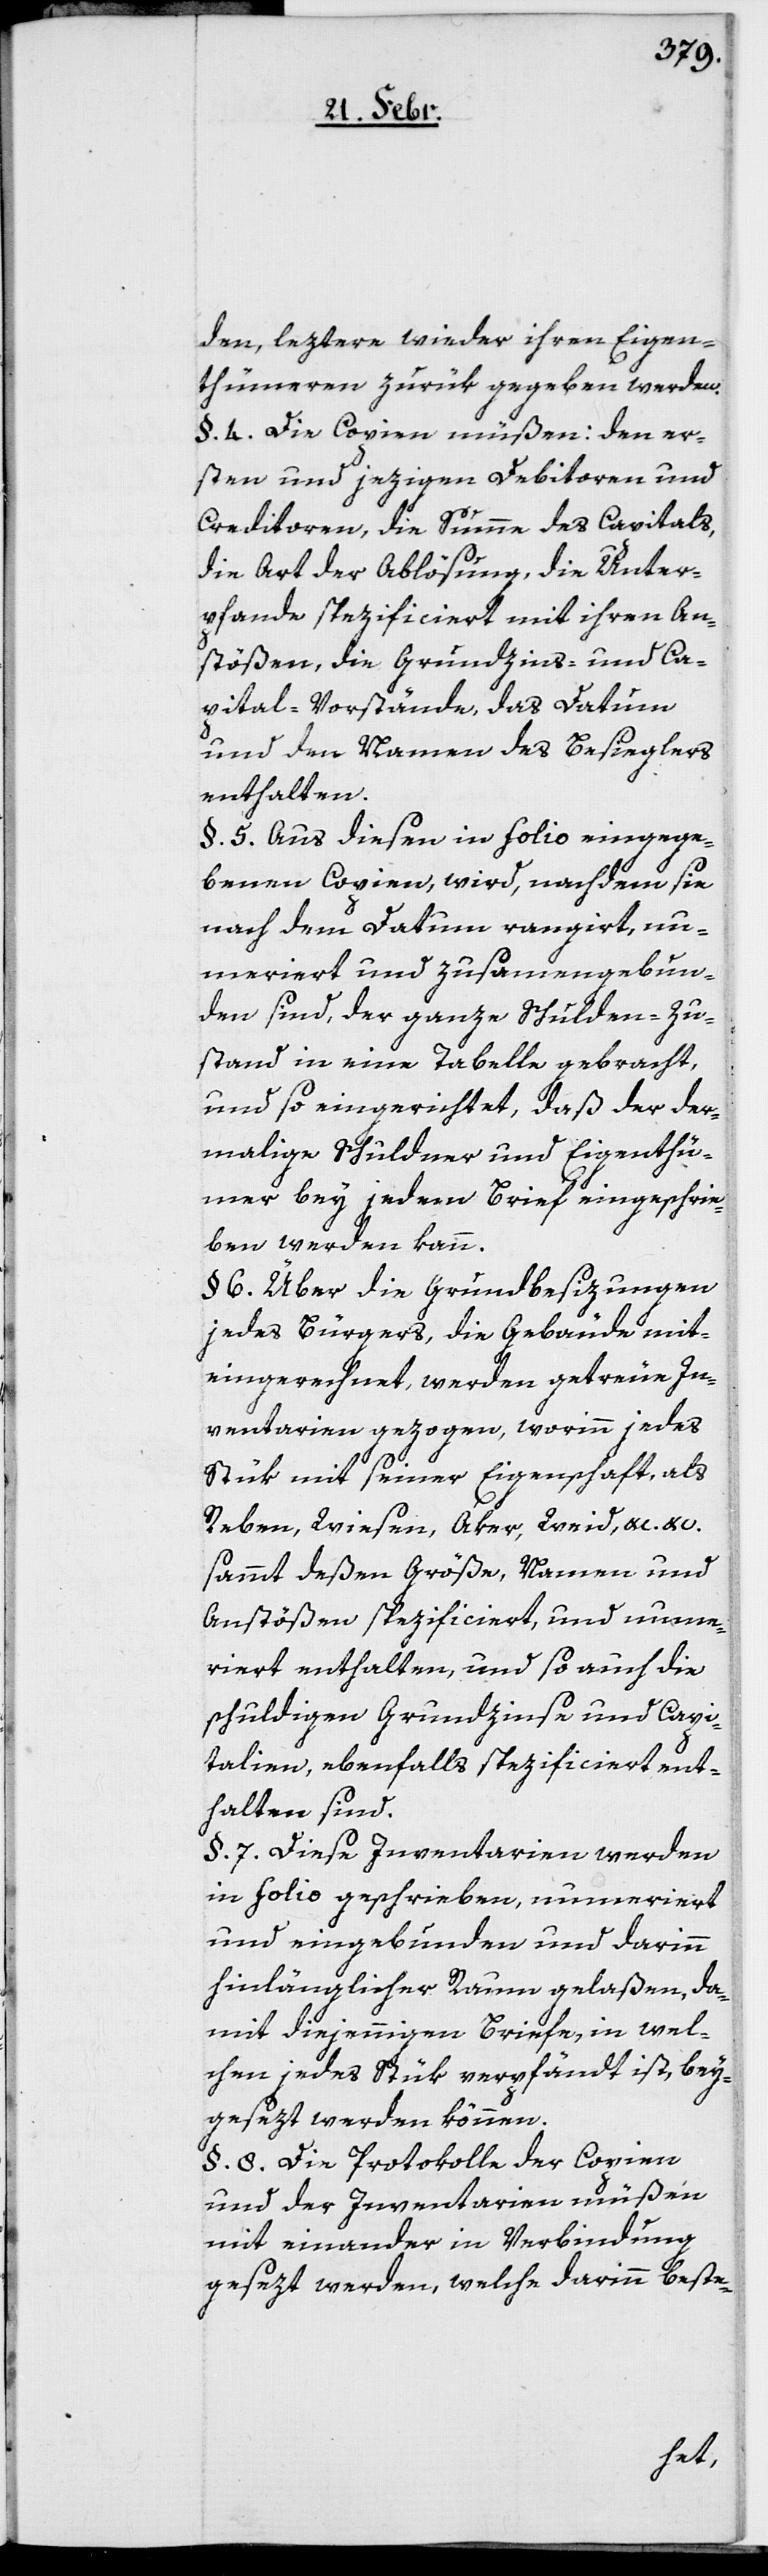
den, leztere wieder ihren Eigen¬
thümeren zurük gegeben werden.
§. 4. Die Copien müßen: den er¬
sten und jezigen Debitoren und
Creditoren, die Summe des Capitals,
die Art der Ablösung, die Unter¬
pfande spezificiert mit ihren An¬
stößen, die Grundzins- und Ca¬
pital-Vorstände, das Datum
und den Namen des Besieglers
enthalten.
§. 5. Aus diesen in Folio eingege¬
benen Copien, wird, nachdem sie
nach dem Datum rangiert, nu¬
meriert und zusamengebun¬
den sind, der ganze Schulden-Zu¬
stand in eine Tabelle gebracht,
und so eingerichtet, daß der der¬
malige Schuldner und Eigenthü¬
mer bey jedem Brief eingeschrie¬
ben werden kann.
§. 6. Über die Grundbesizungen
jedes Bürgers, die Gebäude mit¬
eingerechnet, werden getreue In¬
ventarien gezogen, worinn jedes
Stük mit seiner Eigenschaft, als
Reben, Wiesen, Aker, Weid &c. &c.
sammt deßen Größe, Namen und
Anstößen spezificiert, und numme¬
riert enthalten, und so auch die
schuldigen Grundzinse und Capi¬
talien, ebenfalls spezificiert ent¬
halten sind.
§. 7. Diese Inventarien werden
in folio geschrieben, nummeriert
und eingebunden und darinn
hinlänglicher Raum gelaßen, da¬
mit diejennigen Briefe, in wel¬
chen jedes Stük verpfändt ist, bey¬
gesezt werden können.
§. 8. Die Protokolle der Copien
und der Inventarien müßen
mit einander in Verbindung
gesezt werden, welche darinn beste-